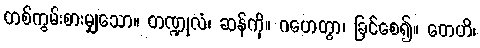
တစ်ကွမ်းစားမျှသော။ တဏ္ဍုလံ၊ ဆန်ကို။ ဂဟေတွာ၊ ခြင်စေ၍။ တေဟိ၊